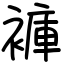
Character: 褲